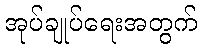
အုပ်ချုပ်ရေးအတွက်